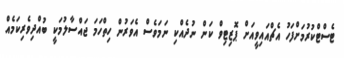
ޓެސްޓްކުރުމަށްފަހު އެޗްއައިވީއަށް ޕޮޒިޓިވް ކަން ނުދެއްކި ނަމަވެސް އެވަރުން ހިތްހަމަ ޖައްސާލުމަކީ ބުއްދިވެރިކަމެއް